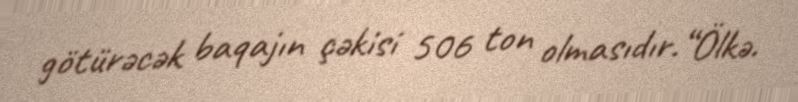
götürəcək baqajın çəkisi 506 ton olmasıdır.“Ölkə.